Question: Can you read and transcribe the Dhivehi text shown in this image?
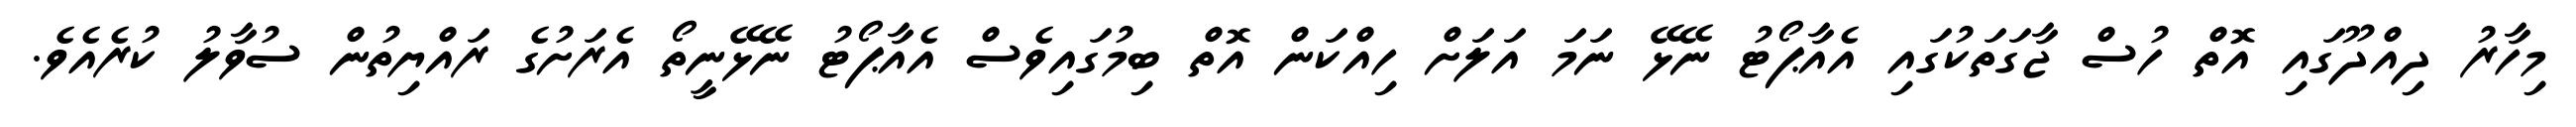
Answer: މިހާރު ދިއްދޫގައި އޮތް ހުސް ޖާގަތަކުގައި އެއާޕޯޓު ނޭޅޭ ނަމަ އަލަށް ހިއްކަން އޮތް ބިމުގައިވެސް އެއާޕޯޓު ނޭޅޭނީތޯ އެރަށުގެ ރައްޔިތުން ސުވާލު ކުރެއެވެ.